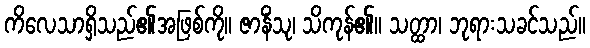
ကိလေသာရှိသည်၏အဖြစ်ကို။ ဇာနိံသု၊ သိကုန်၏။ သတ္ထာ၊ ဘုရားသခင်သည်။